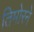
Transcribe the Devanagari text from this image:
तिमोरने